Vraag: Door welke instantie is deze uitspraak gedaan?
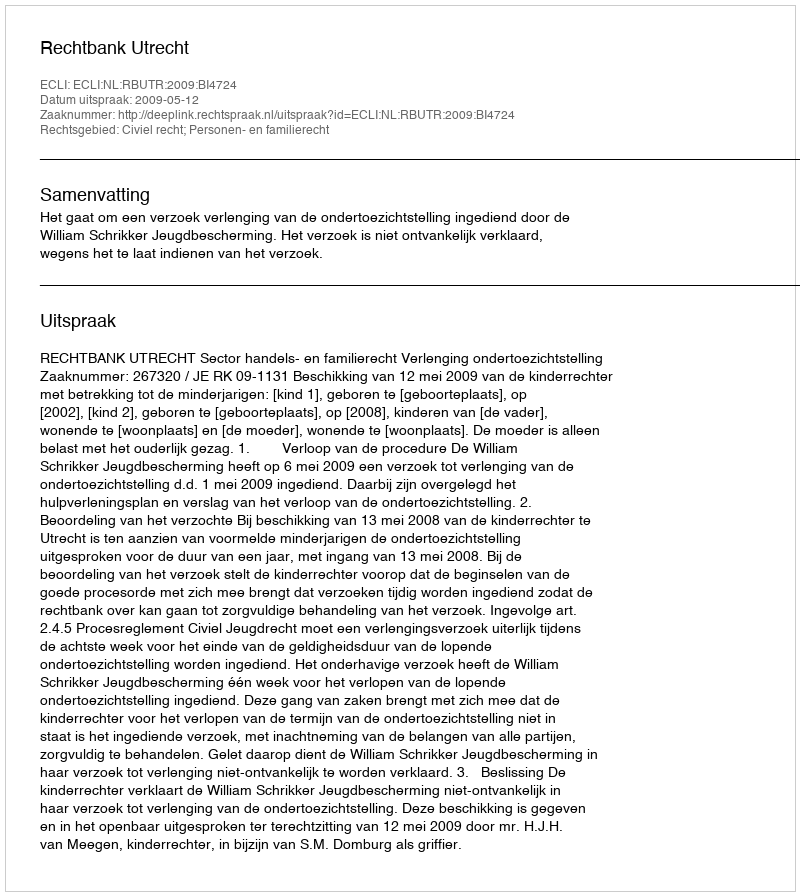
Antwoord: Rechtbank Utrecht